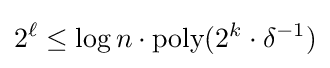
2^{\ell }\leq \log n\cdot {\text{poly}}(2^{k}\cdot \delta ^{-1})